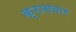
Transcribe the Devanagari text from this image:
क्रासबार